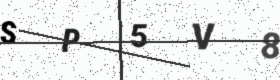
Text: SP5V8